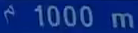
¹1000m